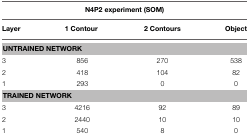
|  | <COLSPAN=4> N4P2 experiment (SOM) |
 | --- | --- | --- | --- | --- |
 | Layer | 1 Contour | 2 Contours | Object |
 | <COLSPAN=4> UNTRAINED NETWORK |
 | 3 | 856 | 270 | 538 |
 | 2 | 418 | 104 | 82 |
 | 1 | 293 | 0 | 0 |
 | <COLSPAN=4> TRAINED NETWORK |
 | 3 | 4216 | 92 | 89 |
 | 2 | 2440 | 10 | 10 |
 | 1 | 540 | 8 | 0 |